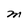
Character: M